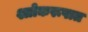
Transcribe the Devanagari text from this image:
श्लोकरूपात